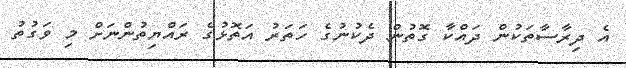
އެ ދިރާސާތަކުން ދައްކާ ގޮތުން ދެކުނުގެ ހަތަރު އަތޮޅުގެ ރައްޔިތުންނަށް މި ވަގުތު